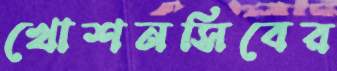
খোশনসিবের